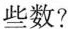
些数？